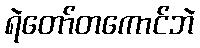
ရဲတော်တကောင်ဘဲ